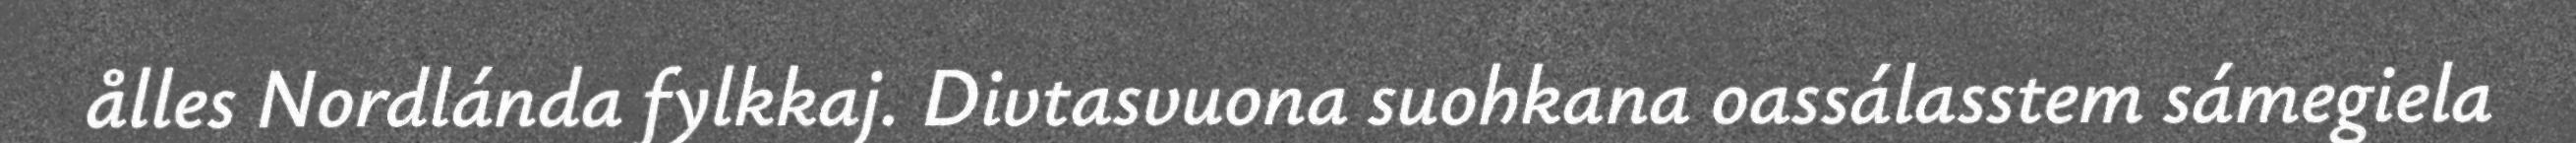
ålles Nordlánda fylkkaj. Divtasvuona suohkana oassálasstem sámegiela